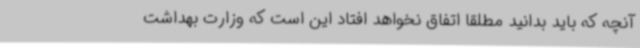
آنچه که باید بدانید مطلقا اتفاق نخواهد افتاد این است که وزارت بهداشت